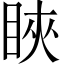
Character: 䀹